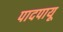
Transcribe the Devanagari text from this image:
पादपायू